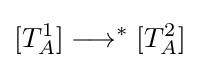
[T_{A}^{1}]\longrightarrow ^{*}[T_{A}^{2}]